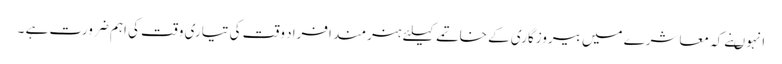
انہوںنے کہ معاشرے میں بیروزگاری کے خاتمے کیلئے ہنرمند افراد وقت کی تیاری وقت کی اہم ضرورت ہے ۔